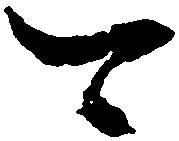
可